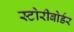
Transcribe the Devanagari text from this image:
स्टोरीबोर्डर